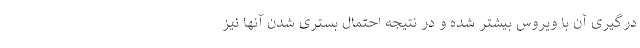
درگیری آن با ویروس بیشتر شده و در نتیجه احتمال بستری شدن آنها نیز